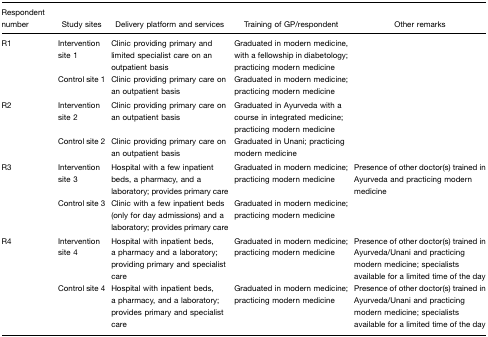
<table><thead><tr><td><b>Respondent number</b></td><td><b>Study sites</b></td><td><b>Delivery platform and services</b></td><td><b>Training of GP/respondent</b></td><td><b>Other remarks</b></td></tr></thead><tbody><tr><td>R1</td><td>Intervention site 1</td><td>Clinic providing primary and limited specialist care on an outpatient basis</td><td>Graduated in modern medicine, with a fellowship in diabetology; practicing modern medicine</td><td></td></tr><tr><td></td><td>Control site 1</td><td>Clinic providing primary care on an outpatient basis</td><td>Graduated in modern medicine; practicing modern medicine</td><td></td></tr><tr><td>R2</td><td>Intervention site 2</td><td>Clinic providing primary care on an outpatient basis</td><td>Graduated in Ayurveda with a course in integrated medicine; practicing modern medicine</td><td></td></tr><tr><td></td><td>Control site 2</td><td>Clinic providing primary care on an outpatient basis</td><td>Graduated in Unani; practicing modern medicine</td><td></td></tr><tr><td>R3</td><td>Intervention site 3</td><td>Hospital with a few inpatient beds, a pharmacy, and a laboratory; provides primary care</td><td>Graduated in modern medicine; practicing modern medicine</td><td>Presence of other doctor(s) trained in Ayurveda and practicing modern medicine</td></tr><tr><td></td><td>Control site 3</td><td>Clinic with a few inpatient beds (only for day admissions) and a laboratory; provides primary care</td><td>Graduated in modern medicine; practicing modern medicine</td><td></td></tr><tr><td>R4</td><td>Intervention site 4</td><td>Hospital with inpatient beds, a pharmacy and a laboratory; providing primary and specialist care</td><td>Graduated in modern medicine; practicing modern medicine</td><td>Presence of other doctor(s) trained in Ayurveda/Unani and practicing modern medicine; specialists available for a limited time of the day</td></tr><tr><td></td><td>Control site 4</td><td>Hospital with inpatient beds, a pharmacy, and a laboratory; provides primary and specialist care</td><td>Graduated in modern medicine; practicing modern medicine</td><td>Presence of other doctor(s) trained in Ayurveda/Unani and practicing modern medicine; specialists available for a limited time of the day</td></tr></tbody></table>